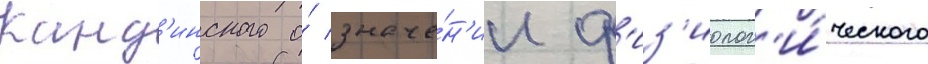
Канд'инского о́ значе́н'ии ф'из'иолог'и́ческого